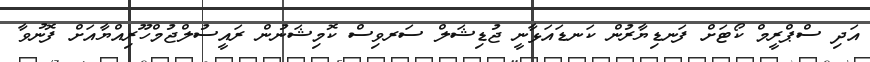
އަދި ސްޕްރީމް ކޯޓަށް ފަނޑިޔާރުން ކަނޑައަޅާނީ ޖުޑިޝަލް ސަރވިސް ކޮމިޝަނުން ރައީސުލްޖުމްހޫރިއްޔާއަށް ފޮނުވާ